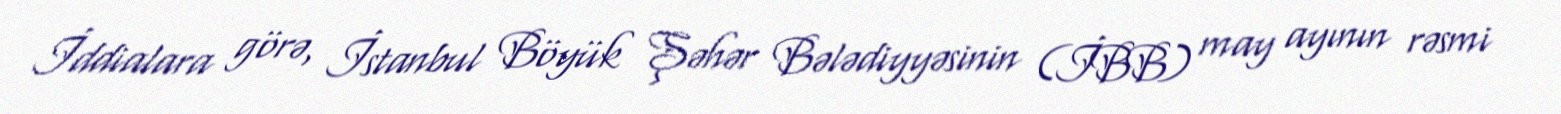
İddialara görə, İstanbul Böyük Şəhər Bələdiyyəsinin (İBB) may ayının rəsmi